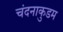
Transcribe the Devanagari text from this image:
चंदनाकुडम